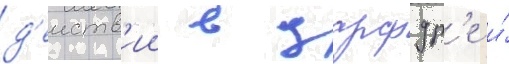
д'еиств'ии в дарфур'е и́